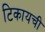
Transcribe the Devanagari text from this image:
टिकायची